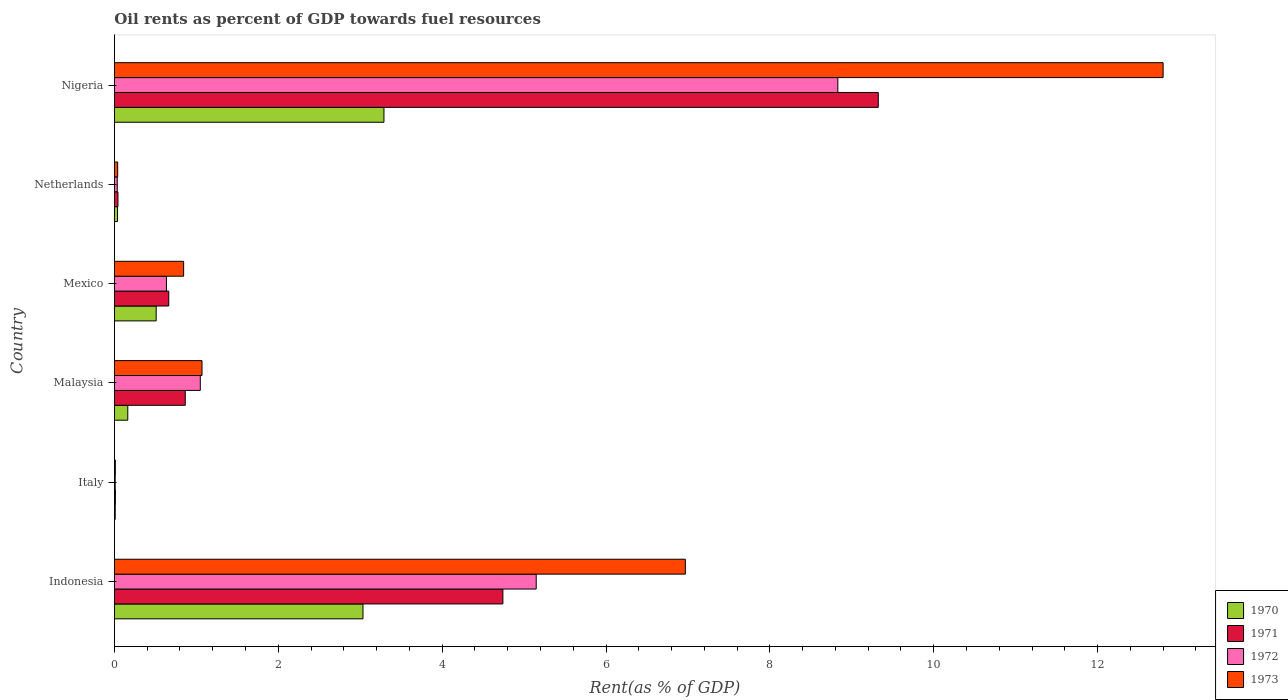
| Country | 1970 | 1971 | 1972 | 1973 |
 | --- | --- | --- | --- | --- |
 | Indonesia | 3.03 | 4.74 | 5.15 | 6.97 |
 | Italy | 0.00986 | 0.0117 | 0.0093 | 0.0112 |
 | Malaysia | 0.163 | 0.864 | 1.05 | 1.07 |
 | Mexico | 0.51 | 0.663 | 0.635 | 0.845 |
 | Netherlands | 0.0379 | 0.0431 | 0.0347 | 0.0395 |
 | Nigeria | 3.29 | 9.32 | 8.83 | 12.8 |